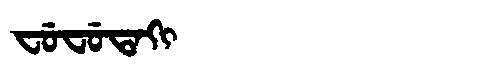
Manchu: ᠸᡠᠸᡠᡨᠠᡴᡳ
Romanization: FUFUTAKI